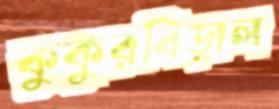
কুকুরবিড়াল